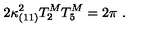
2 \kappa _ { ( 1 1 ) } ^ { 2 } T _ { 2 } ^ { M } T _ { 5 } ^ { M } = 2 \pi \ .